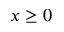
x \geq 0